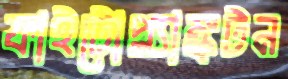
ফাইটোপ্ল্যাঙ্কটন